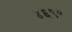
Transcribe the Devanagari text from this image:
४६९०